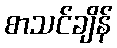
စာသင်ချိန်